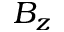
B _ { z }